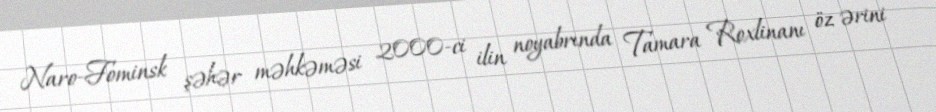
Naro-Fominsk şəhər məhkəməsi 2000-ci ilin noyabrında Tamara Roxlinanı öz ərini